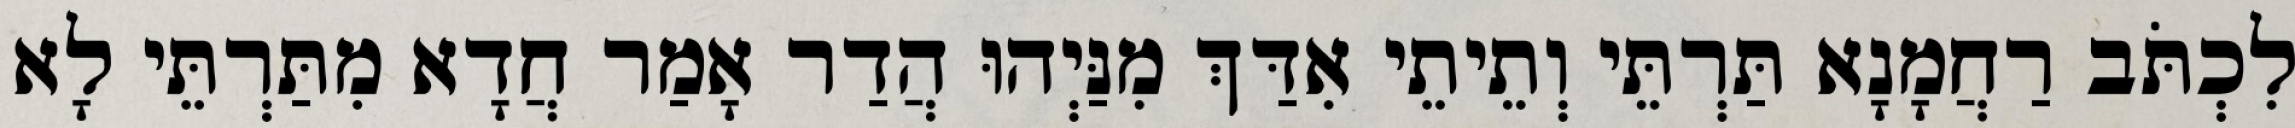
לִכְתֹּב רַחֲמָנָא תַּרְתֵּי וְתֵיתֵי אִדַּךְ מִנַּיְהוּ הֲדַר אָמַר חֲדָא מִתַּרְתֵּי לָא